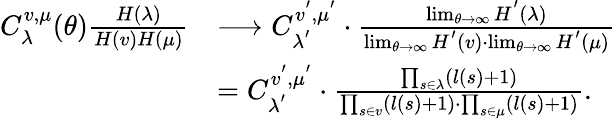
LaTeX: \begin{array}{rl}{C_{\lambda}^{v,\mu}(\theta)\frac{H(\lambda)}{H(v)H(\mu)}}&{\longrightarrow C_{\lambda^{'}}^{v^{'},\mu^{'}}\cdot\frac{\operatorname*{lim}_{\theta\rightarrow\infty}H^{'}(\lambda)}{\operatorname*{lim}_{\theta\rightarrow\infty}H^{'}(v)\cdot\operatorname*{lim}_{\theta\rightarrow\infty}H^{'}(\mu)}}\\ &{=C_{\lambda^{'}}^{v^{'},\mu^{'}}\cdot\frac{\prod_{s\in\lambda}(l(s)+1)}{\prod_{s\in v}(l(s)+1)\cdot\prod_{s\in\mu}(l(s)+1)}.}\end{array}